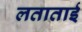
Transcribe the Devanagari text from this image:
लताताई